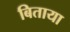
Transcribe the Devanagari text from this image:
बिताया